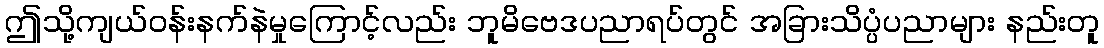
ဤသို့ကျယ်ဝန်းနက်နဲမှုကြောင့်လည်း ဘူမိဗေဒပညာရပ်တွင် အခြားသိပ္ပံပညာများ နည်းတူ